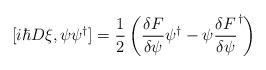
LaTeX: \begin{align*} [i\hbar D\xi, \psi\psi^{\dagger}] &= \frac{1}{2}\left(\frac{\delta F}{\delta \psi}\psi^{\dagger}-\psi \frac{\delta F}{\delta \psi}^{\dagger}\right) \end{align*}